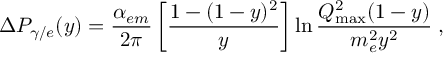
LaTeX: \Delta P _ { \gamma / e } ( y ) = \frac { \alpha _ { e m } } { 2 \pi } \left[ \frac { 1 - ( 1 - y ) ^ { 2 } } { y } \right] \ln \frac { Q _ { \mathrm { m a x } } ^ { 2 } ( 1 - y ) } { m _ { e } ^ { 2 } y ^ { 2 } } \; ,